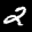
Label: 2